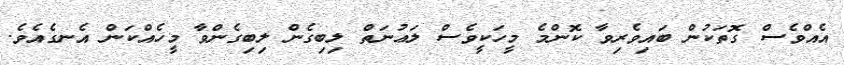
އެއްވެސް ގޮތަކުން ބައިވެރިވާ ކޮންމެ މީހަކީވެސް ލަޢުނަތް ލިބިގެން ލިބިގެންވާ މީހެއްކަން އެނގެއެވެ.